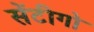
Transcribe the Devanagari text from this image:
सेंटीगो